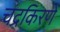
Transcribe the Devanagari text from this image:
चंद्रकिरणे